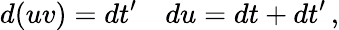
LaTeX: d(uv)=dt^{\prime}\quad du=dt+dt^{\prime}\, ,